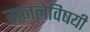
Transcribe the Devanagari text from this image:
गजलेविषयी